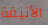
الأنيقة